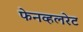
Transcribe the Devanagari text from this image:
फेनव्हलरेट